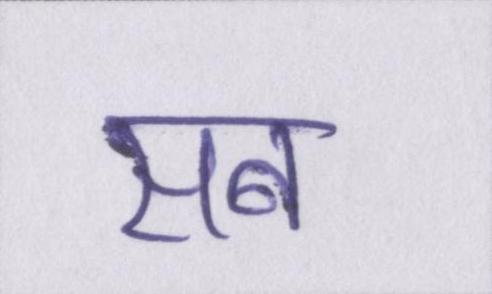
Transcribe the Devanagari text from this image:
सब